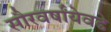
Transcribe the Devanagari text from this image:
सौरवर्षांयेवढे